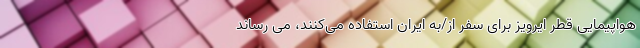
هواپیمایی قطر ایرویز برای سفر از/به ایران استفاده می‌کنند، می رساند